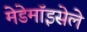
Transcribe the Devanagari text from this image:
मेडेमॉइसेले